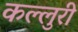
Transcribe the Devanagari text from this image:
कल्लुरी